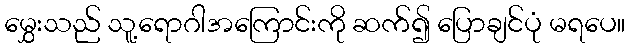
မွှေးသည် သူ့ရောဂါအကြောင်းကို ဆက်၍ ပြောချင်ပုံ မရပေ။